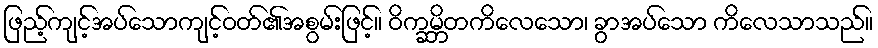
ဖြည့်ကျင့်အပ်သောကျင့်ဝတ်၏အစွမ်းဖြင့်။ ဝိက္ခမ္ဘိတကိလေသော၊ ခွာအပ်သော ကိလေသာသည်။